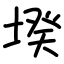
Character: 𡎝